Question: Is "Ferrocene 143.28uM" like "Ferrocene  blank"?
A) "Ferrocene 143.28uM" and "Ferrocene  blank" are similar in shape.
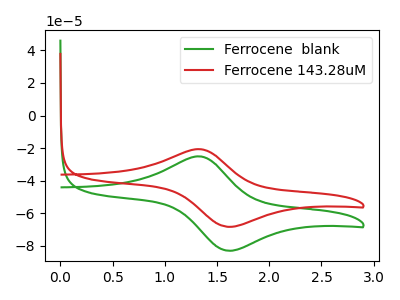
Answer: <think>The green curve "Ferrocene  blank" has an anodic peak at (1.30V, -25.05uA) and a cathodic peak at (1.60V, -82.90uA). The red curve "Ferrocene 143.28uM" has an anodic peak at (1.30V, -20.60uA) and a cathodic peak at (1.60V, -68.25uA).
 All the peaks in "Ferrocene 143.28uM" have a peak in "Ferrocene  blank" at the same potential.</think>
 <answer>A) "Ferrocene 143.28uM" and "Ferrocene  blank" are similar in shape.</answer>
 <eval>A</eval>